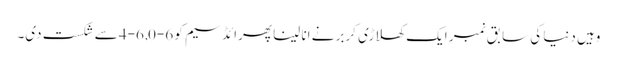
وہیں دنیا کی سابق نمبر ایک کھلاڑی کربر نے انا لینا پھرائڈسیم کو 6-0, 6-4 سے شکست دی۔